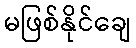
မဖြစ်နိုင်ချေ